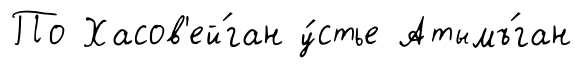
По Хасов'ей́ган у́стье Атымъ́ган